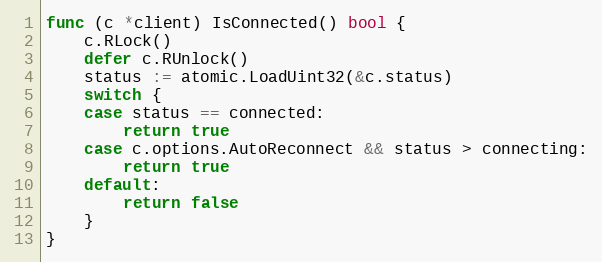
Language: Go
func (c *client) IsConnected() bool {
	c.RLock()
	defer c.RUnlock()
	status := atomic.LoadUint32(&c.status)
	switch {
	case status == connected:
		return true
	case c.options.AutoReconnect && status > connecting:
		return true
	default:
		return false
	}
}